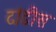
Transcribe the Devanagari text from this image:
दांडीस